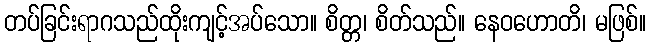
တပ်ခြင်းရာဂသည်ထိုးကျင့်အပ်သော။ စိတ္တ၊ စိတ်သည်။ နေဝဟောတိ၊ မဖြစ်။